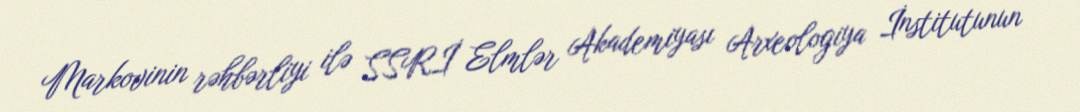
Markovinin rəhbərliyi ilə SSRİ Elmlər Akademiyası Arxeologiya İnstitutunun